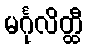
မင်္ဂုလိတ္ထီ